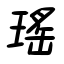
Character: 瑤